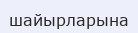
шайырларына